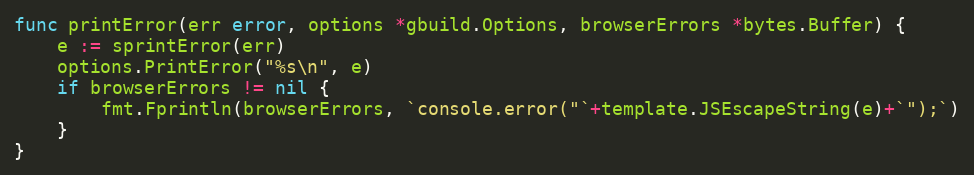
Language: Go
func printError(err error, options *gbuild.Options, browserErrors *bytes.Buffer) {
	e := sprintError(err)
	options.PrintError("%s\n", e)
	if browserErrors != nil {
		fmt.Fprintln(browserErrors, `console.error("`+template.JSEscapeString(e)+`");`)
	}
}